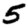
Digit: 5